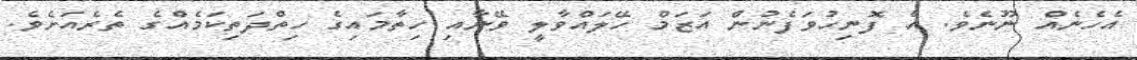
އެހެނެއް ނޫނެވެ. އެ ފޮނިހުވަފެނުން އަޒަމް ހޭލައްވާލީ ވޭނާއި ހިތާމައިގެ ހިތްދަތިކަމެއްގެ ތެރެއަށެވެ.